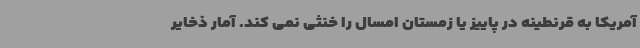
آمریکا به قرنطینه در پاییز یا زمستان امسال را خنثی نمی کند. آمار ذخایر